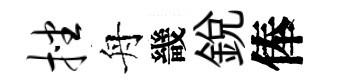
挫舟畿銳俸